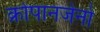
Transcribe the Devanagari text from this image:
क्रोपानजेनो